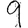
Digit: 9